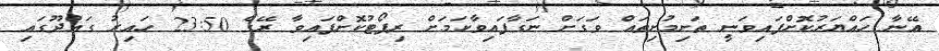
އޭނާ ހައްޔަރުކޮށްފައިވަނީ ތަށިމުށިތައް ވަގަށް ނަގާފައިވާކަމަށް ރިޕޯޓުކޮށްފައިވާ ރޭގެ 23:50 ހަައިރު ގައްދޫގައި